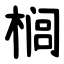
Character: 榈